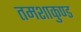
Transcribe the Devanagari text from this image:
तमशाकुण्ड